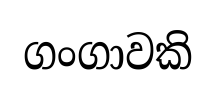
ගංගාවකි